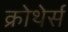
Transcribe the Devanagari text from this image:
क्रोथेर्स